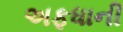
અફધાની